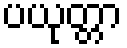
ပယုတ္တာ